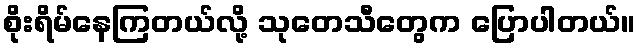
စိုးရိမ်နေကြတယ်လို့ သုတေသီတွေက ပြောပါတယ်။